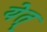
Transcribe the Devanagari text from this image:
येत्